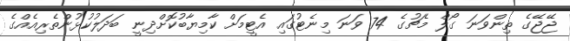
ޖޭޖޭގެ ތިންވަނަ ގޯލް މެޗުގެ 74 ވަނަ މިނެޓުގައި އެޓީމަށް ކާމިޔާބުކޮށްދިނީ ބަދަލުކުޅުންތެރިއެއްގެ